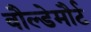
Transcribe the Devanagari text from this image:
वौल्डेमौर्ट